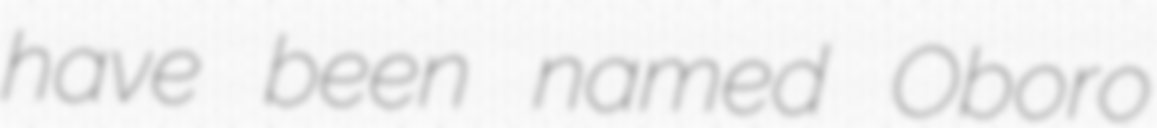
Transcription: have been named Oboro